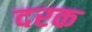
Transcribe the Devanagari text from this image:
दरक